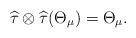
LaTeX: \begin{align*}\widehat{\tau}\otimes\widehat{\tau}(\Theta_{\mu})=\Theta_{\mu}.\end{align*}